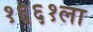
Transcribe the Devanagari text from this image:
१६६१ला